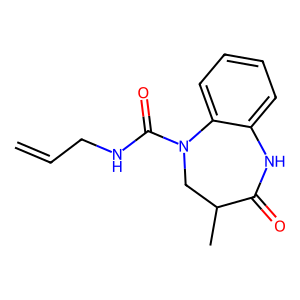
SMILES: C=CCNC(=O)N1CC(C)C(=O)Nc2ccccc21
Inhibits HIV replication: No